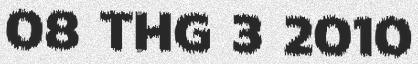
08 THG 3 2010